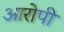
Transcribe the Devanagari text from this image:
अारोपी